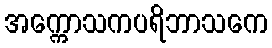
အက္ကောသကပရိဘာသကေ